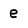
Character: e